Annual administration report of the Civil Veterinary Department of India - 1906-1907
Year: 1906
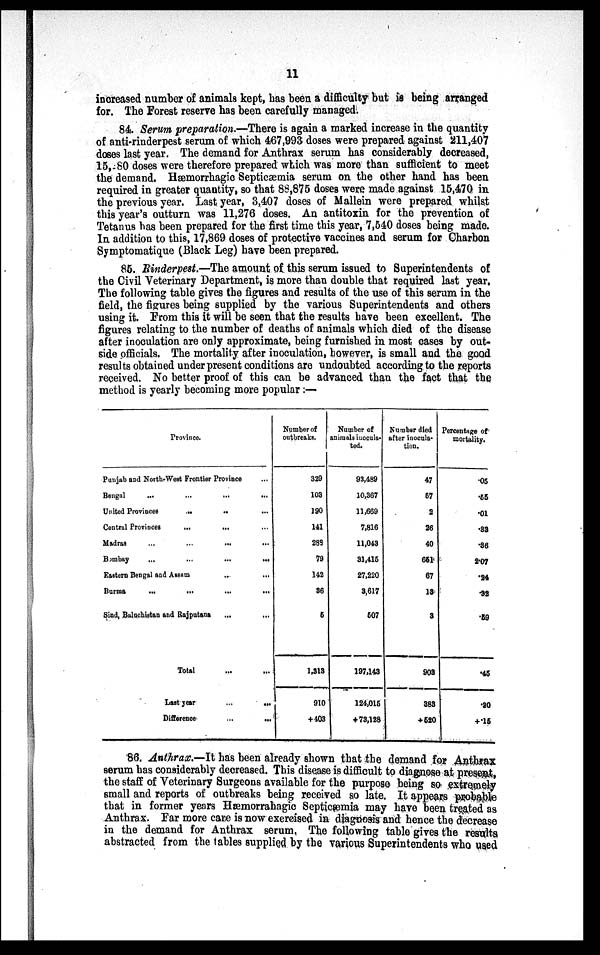
11
increased number of animals kept, has been a difficulty but is being arranged
for. The Forest reserve has been carefully managed.
84. Serum preparation.—There is again a marked increase in the quantity
of anti-rinderpest serum of which 467,993 doses were prepared against 211,407
doses last year. The demand for Anthrax serum has considerably decreased,
15,280 doses were therefore prepared which was more than sufficient to meet
the demand. Hæmorrhagic Septicæmia serum on the other hand has been
required in greater quantity, so that 88,875 doses were made against 15,470 in
the previous year. Last year, 3,407 doses of Mallein were prepared whilst
this year's outturn was 11,276 doses. An antitoxin for the prevention of
Tetanus has been prepared for the first time this year, 7,540 doses being made.
In addition to this, 17,869 doses of protective vaccines and serum for Charbon
Symptomatique (Black Leg) have been prepared.
85. Rinderpest.—The amount of this serum issued to Superintendents of
the Civil Veterinary Department, is more than double that required last year.
The following table gives the figures and results of the use of this serum in the
field, the figures being supplied by the various Superintendents and others
using it. From this it will be seen that the results have been excellent. The
figures relating to the number of deaths of animals which died of the disease
after inoculation are only approximate, being furnished in most cases by out-
side officials. The mortality after inoculation, however, is small and the good
results obtained under present conditions are undoubted according to the reports
received. No better proof of this can be advanced than the fact that the
method is yearly becoming more popular :—
Province.
Punjab and North-West Frontier Province ...
Bengal
...
...
...
...
United Provinces
...
..
Central Provinces
...
...
Madras
...
...
...
...
Bombay
...
...
...
...
Eastern Bengal and Assam
...
...
Burma
...
...
...
...
Sind, Baluchistan and Rajputana
...
Total ... ...
Last year
...
...
Difference
...
...
Number of
outbreaks.
329
103
190
141
288
79
142
36
5
1.313
910
+ 403
Number of
animals inoculs¬
ted.
93,489
10,367
11,669
7,816
11,043
31,415
27,220
3,617
507
197,143
124,015
+73,128
Number died
after inocula-
tion.
47
57
2
26
40
651
67
16
3
903
383
+ 520
Percentage of
mortality.
.05
.55
.01
.33
.36
2.07
.24
.32
.59
.45
.20
+.15
86. Anthrax.—It has been already shown that the demand for Anthrax
serum has considerably decreased. This disease is difficult to diagnose at present,
the staff of Veterinary Surgeons available for the purpose being so extremely
small and reports of outbreaks being received so late. It appears probable
that in former years Hæmorrahagic Septicæmia may have been treated as
Anthrax. Far more care is now exercised in diagnosis and hence the decrease
in the demand for Anthrax serum, The following table gives the results
abstracted from the tables supplied by the various Superintendents who used